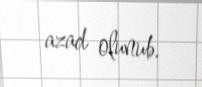
azad olunub.